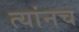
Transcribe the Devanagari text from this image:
त्यांनच